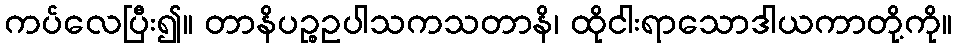
ကပ်လေပြီး၍။ တာနိပဉ္စဥပါသကသတာနိ၊ ထိုငါးရာသောဒါယကာတို့ကို။